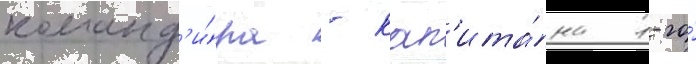
команд'и́ра - кап'ита́на 1-го́